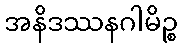
အနိဒဿနဂါမိဉ္စ